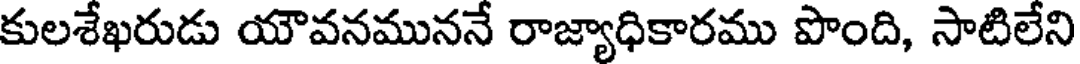
కులశేఖరుడు యౌవనముననే రాజ్యాధికారము పొంది, సాటిలేని